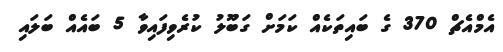
އެމްއެޗް 370 ގެ ބައިތަކެއް ކަމަށް ގަބޫލު ކުރެވިފައިވާ 5 ބައެއް ބަލައި